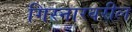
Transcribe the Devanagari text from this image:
गिरनारवरील